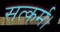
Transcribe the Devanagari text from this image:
सत्कर्म।